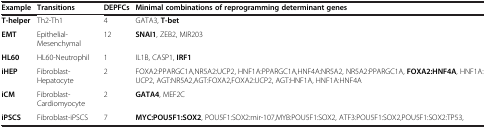
| Example | Transitions | DEPFCs | Minimal combinations of reprogramming determinant genes |
 | --- | --- | --- | --- |
 | T-helper | Th2-Th1 | 4 | GATA3, T-bet |
 | EMT | Epithelial-Mesenchymal | 12 | SNAI1, ZEB2, MIR203 |
 | HL60 | HL60-Neutrophil | 1 | IL1B, CASP1, IRF1 |
 | iHEP | Fibroblast-Hepatocyte | 2 | FOXA2:PPARGC1A,NR5A2:UCP2, HNF1A:PPARGC1A,HNF4A:NR5A2, NR5A2:PPARGC1A, FOXA2:HNF4A, HNF1A:UCP2, AGT:NR5A2,AGT:FOXA2,FOXA2:UCP2, AGT:HNF1A, HNF1A:HNF4A |
 | iCM | Fibroblast-Cardiomyocyte | 2 | GATA4, MEF2C |
 | iPSCS | Fibroblast-iPSCS | 7 | MYC:POU5F1:SOX2, POU5F1:SOX2:mir-107,MYB:POU5F1:SOX2, ATF3:POU5F1:SOX2,POU5F1:SOX2:TP53, |